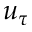
u _ { \tau }